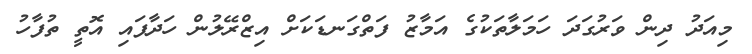
މިއަދު ދިން ވަރުގަދަ ހަމަލާތަކުގެ އަމާޒު ފަތްގަނޑަކަށް އިޒްރޭލުން ހަދާފައި އޮތީ ތުފާހު